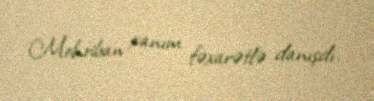
Mehriban xanım fəxarətlə danışdı.